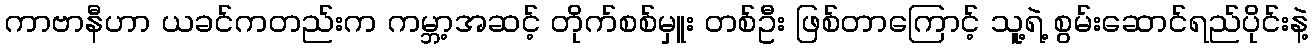
ကာဗာနီဟာ ယခင်ကတည်းက ကမ္ဘာ့အဆင့် တိုက်စစ်မှူး တစ်ဦး ဖြစ်တာကြောင့် သူ့ရဲ့ စွမ်းဆောင်ရည်ပိုင်းနဲ့